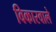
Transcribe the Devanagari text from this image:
विकारवाले